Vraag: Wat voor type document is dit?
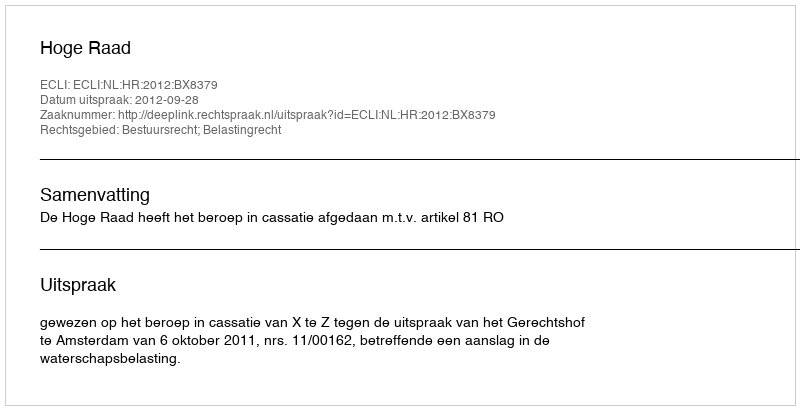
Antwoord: Uitspraak